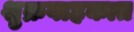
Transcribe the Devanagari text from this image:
शुक्रवाहकात